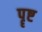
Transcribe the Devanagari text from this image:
पॄष्ट